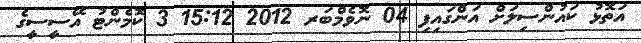
އަތޮޅު ކައުންސިލަށް އަންގައިފި 04 ނޮވެމްބަރ 2012 15:12 3 ކޮމެންޓު އޭސީސީގެ